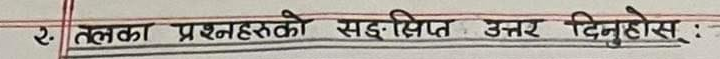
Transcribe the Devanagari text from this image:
२ तलका प्रश्नहरूको सङ्क्षिप्त उत्तर दिनुहोस् :